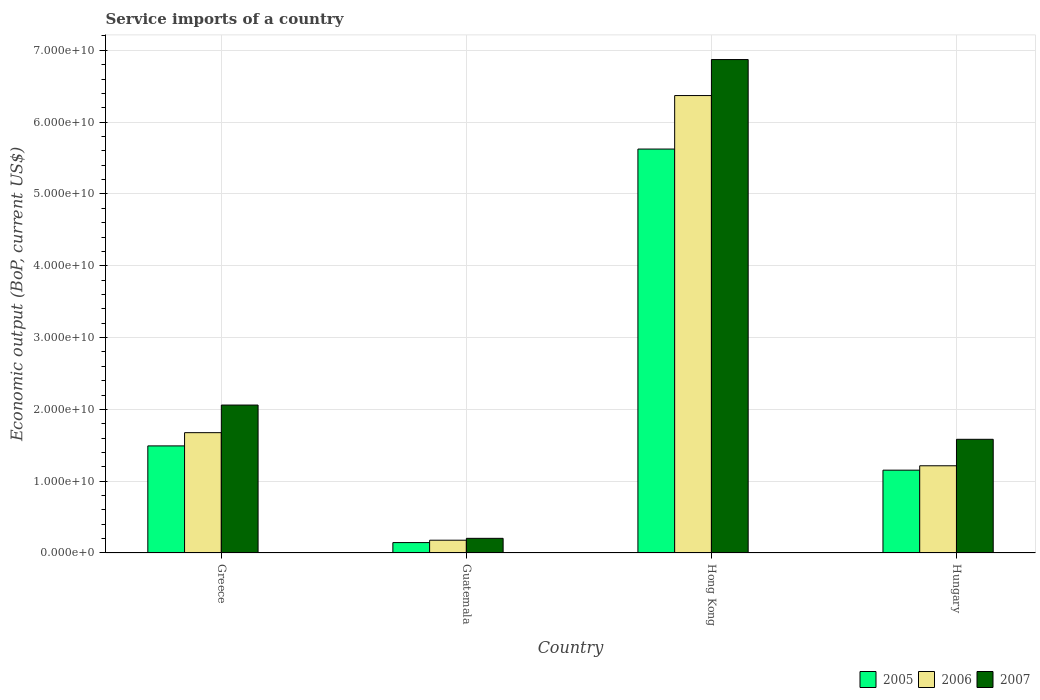
| Country | 2005 | 2006 | 2007 |
 | --- | --- | --- | --- |
 | Greece | 1.49e+10 | 1.68e+10 | 2.06e+10 |
 | Guatemala | 1.45e+09 | 1.78e+09 | 2.04e+09 |
 | Hong Kong | 5.63e+10 | 6.37e+10 | 6.87e+10 |
 | Hungary | 1.15e+10 | 1.21e+10 | 1.58e+10 |